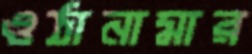
ওঠানামার